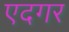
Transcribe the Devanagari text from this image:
एदगर